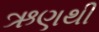
ઋણથી